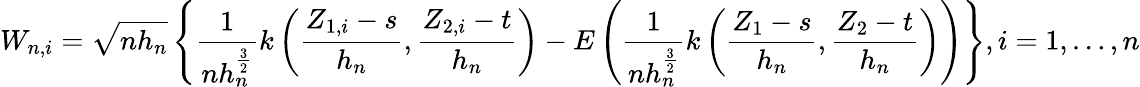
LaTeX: W_{n,i}=\sqrt{nh_{n}}\left\{ \frac{1}{nh_{n}^{\frac{3}{2}}}k\left(\frac{Z_{1,i}-s}{h_{n}},\frac{Z_{2,i}-t}{h_{n}}\right)-E\left(\frac{1}{nh_{n}^{\frac{3}{2}}}k\left(\frac{Z_{1}-s}{h_{n}},\frac{Z_{2}-t}{h_{n}}\right)\right)\right\} ,i=1,\ldots,n